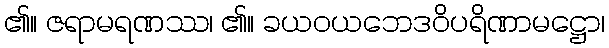
၏။ ဇရာမရဏဿ၊ ၏။ ခယဝယဘေဒဝိပရိဏာမဋ္ဌော၊